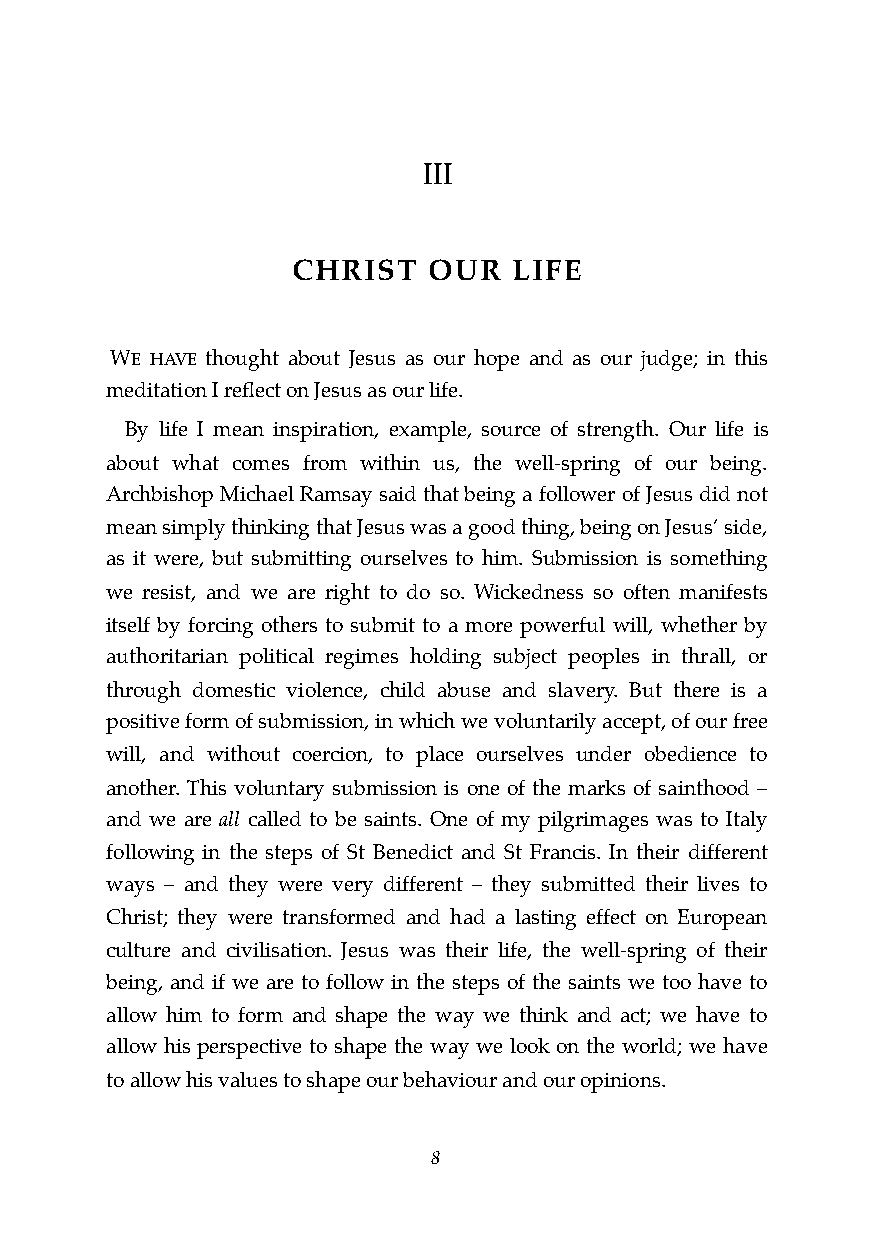
III
 CHRIST   OUR   LIFE
 WE HAVE thought about Jesus as our hope and as our judge; in this
 meditation I reflect on Jesus as our life.
 By life I mean inspiration, example, source of strength. Our life is
 about what comes from within us, the well-spring of our being.
 Archbishop Michael Ramsay said that being a follower of Jesus did not
 mean simply thinking that Jesus was a good thing, being on Jesus’ side,
 as it were, but submitting ourselves to him. Submission is something
 we resist, and we are right to do so. Wickedness so often manifests
 itself by forcing others to submit to a more powerful will, whether by
 authoritarian political regimes holding subject peoples in thrall, or
 through domestic violence, child abuse and slavery. But there is a
 positive form of submission, in which we voluntarily accept, of our free
 will, and without coercion, to place ourselves under obedience to
 another. This voluntary submission is one of the marks of sainthood –
 and we are all called to be saints. One of my pilgrimages was to Italy
 following in the steps of St Benedict and St Francis. In their different
 ways – and they were very different – they submitted their lives to
 Christ; they were transformed and had a lasting effect on European
 culture and civilisation. Jesus was their life, the well-spring of their
 being, and if we are to follow in the steps of the saints we too have to
 allow him to form and shape the way we think and act; we have to
 allow his perspective to shape the way we look on the world; we have
 to allow his values to shape our behaviour and our opinions.
 !8